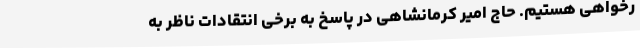
رخواهی هستیم. حاج امیر کرمانشاهی در پاسخ به برخی انتقادات ناظر به